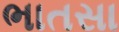
ભાતસા